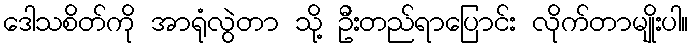
ဒေါသစိတ်ကို အာရုံလွဲတာ သို့ ဦးတည်ရာပြောင်း လိုက်တာမျိုးပါ။